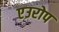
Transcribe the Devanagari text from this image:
एउरोप